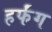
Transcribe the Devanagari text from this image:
हर्फंग